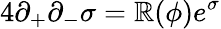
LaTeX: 4\partial_{+}\partial_{-}\sigma=\mathbb{R}(\phi)e^{\sigma}